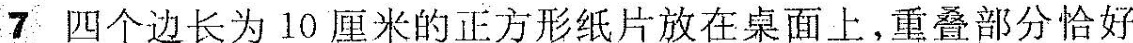
7 四个边长为10厘米的正方形纸片放在桌面上，重叠部分恰